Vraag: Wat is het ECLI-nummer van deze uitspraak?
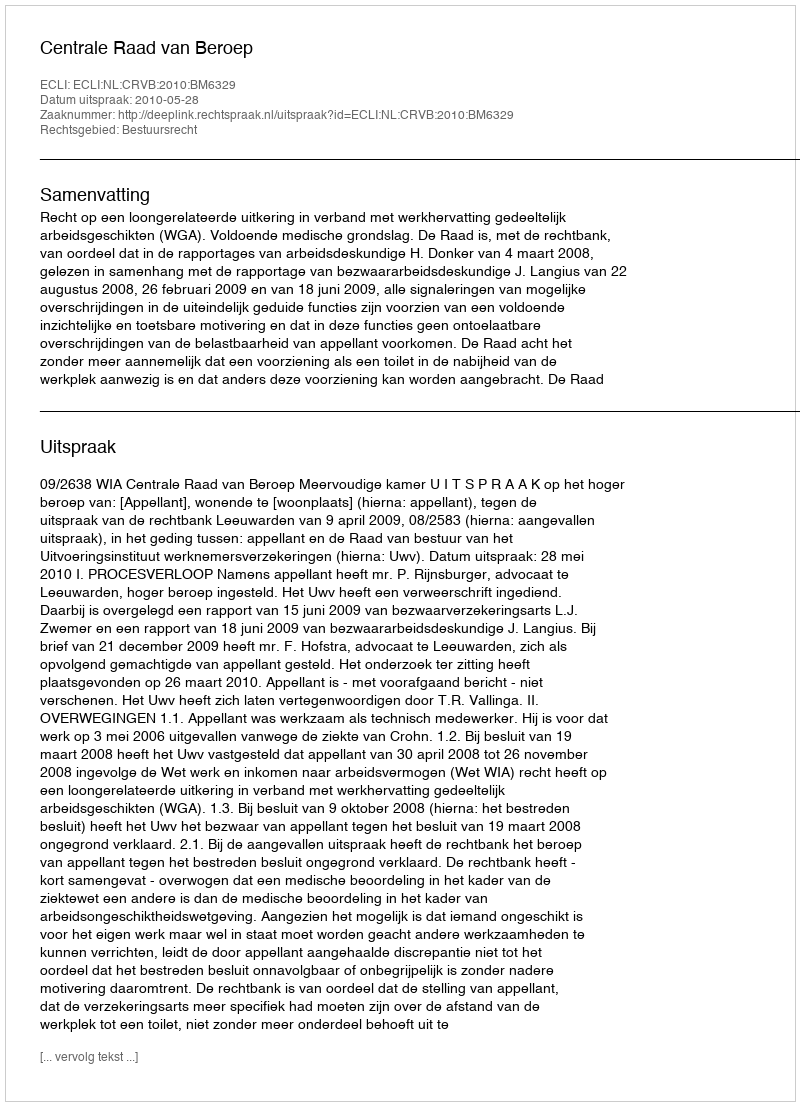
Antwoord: ECLI:NL:CRVB:2010:BM6329